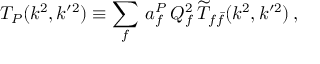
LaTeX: T _ { P } ( k ^ { 2 } , k ^ { \prime 2 } ) \equiv \sum _ { f } \, a _ { f } ^ { P } \, Q _ { f } ^ { 2 } \, { \widetilde T } _ { f \bar { f } } ( k ^ { 2 } , k ^ { \prime 2 } ) \, ,